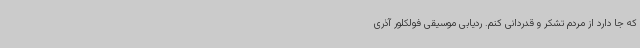
که جا دارد از مردم تشکر و قدردانی کنم. ردیابی موسیقی فولکلور آذری